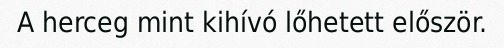
A herceg mint kihívó lőhetett először.